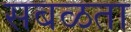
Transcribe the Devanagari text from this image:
सबळता